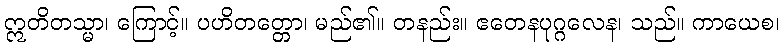
ဣတိတသ္မာ၊ ကြောင့်။ ပဟိတတ္တော၊ မည်၏။ တနည်း။ ဧတေနပုဂ္ဂလေန၊ သည်။ ကာယေစ၊